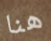
هنا